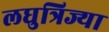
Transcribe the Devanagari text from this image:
लघुत्रिज्या